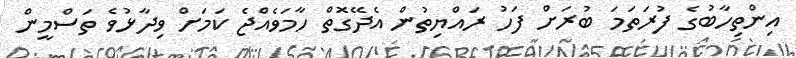
އިންތިހާބުގެ ފުރަތަމަ ބުރަށް ފަހު ރައްޔިތުން އެދޭގޮތް ހާމަވެއްޖެ ކަމަށް ވިދާޅުވެ ތަސްމީން